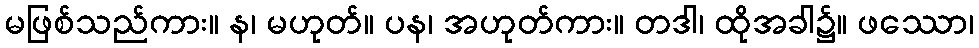
မဖြစ်သည်ကား။ န၊ မဟုတ်။ ပန၊ အဟုတ်ကား။ တဒါ၊ ထိုအခါ၌။ ဖဿော၊